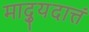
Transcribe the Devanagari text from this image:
माद्युदात्तं